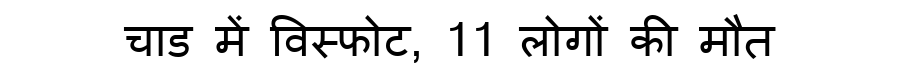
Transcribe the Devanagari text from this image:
चाड में विस्फोट, 11 लोगों की मौत